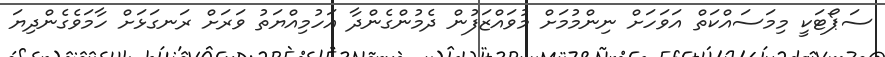
ސަޕޯޓަކީ މިމަސައްކަތް އަވަހަށް ނިންމުމަށް މުވައްޒަފުން ދެމުންގެންދާ އަހުމިއްޔަތު ވަރަށް ރަނގަޅަށް ހާމަވެގެންދިޔަ